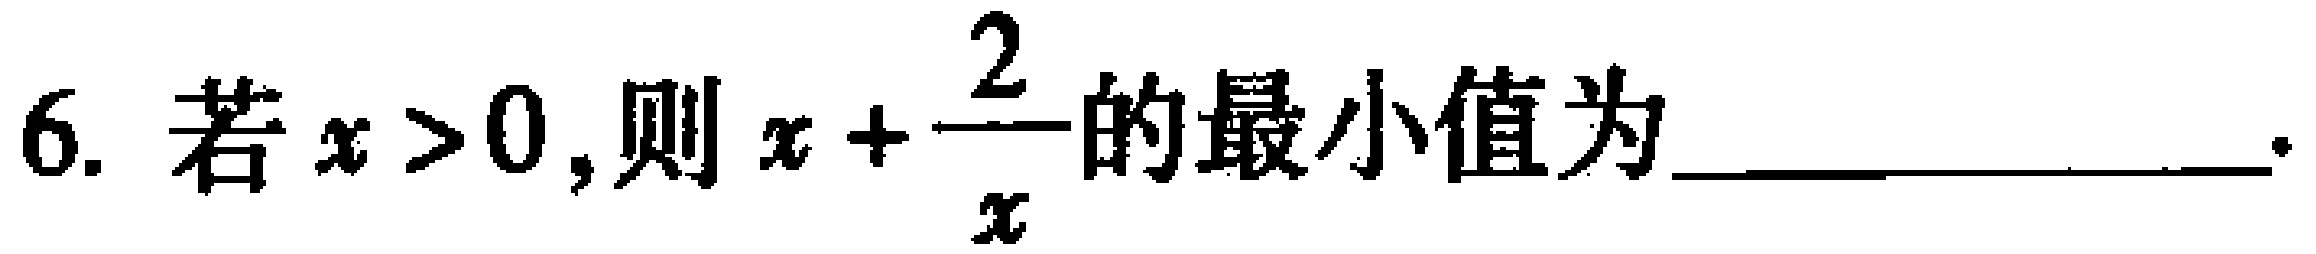
6. 若\(x > 0\)，则\(x + \dfrac{2}{x}\)的最小值为_________________.